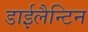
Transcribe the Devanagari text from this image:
डाईलैन्टिन